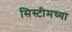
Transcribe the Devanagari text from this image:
सिस्टीमच्या